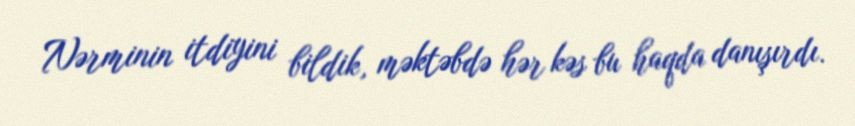
Nərminin itdiyini bildik, məktəbdə hər kəs bu haqda danışırdı.